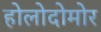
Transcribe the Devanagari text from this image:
होलोदोमोर